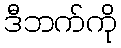
ဒီဘက်ကို